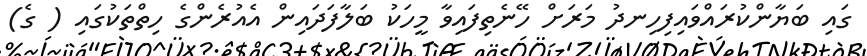
ގައި ބަޔާންކުރައްވައިފިހިނދު މަރަށް ހޭނެތިފައިވާ މީހަކު ބަލާފަދައިން އެއުރެންގެ ހިތްތަކުގައި ( ގެ)